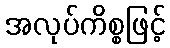
အလုပ်ကိစ္စဖြင့်